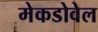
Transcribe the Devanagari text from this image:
मेकडोवेल